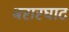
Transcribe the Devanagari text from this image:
बरारघाट